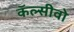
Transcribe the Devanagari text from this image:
कॅल्सीवो